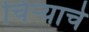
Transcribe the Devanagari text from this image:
चिऱ्याचे